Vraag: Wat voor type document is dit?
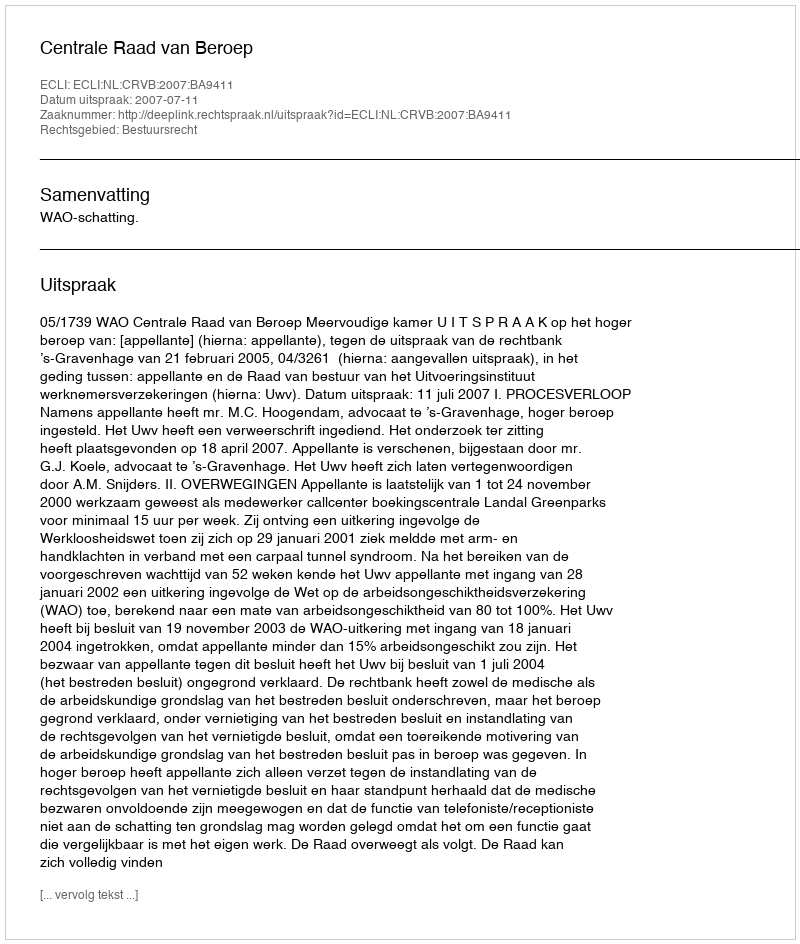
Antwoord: Uitspraak